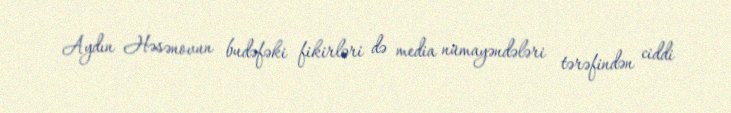
Aydın Həsənovun budəfəki fikirləri də media nümayəndələri tərəfindən ciddi